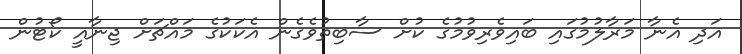
އަދި އެނާ މަރާލުމުގައި ބައިވެރިވުމުގެ ކުށް ސާބިތުވެގެން އެކަކުގެ މައްޗަށް ޖިނާއީ ކޯޓުން